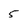
Character: 5